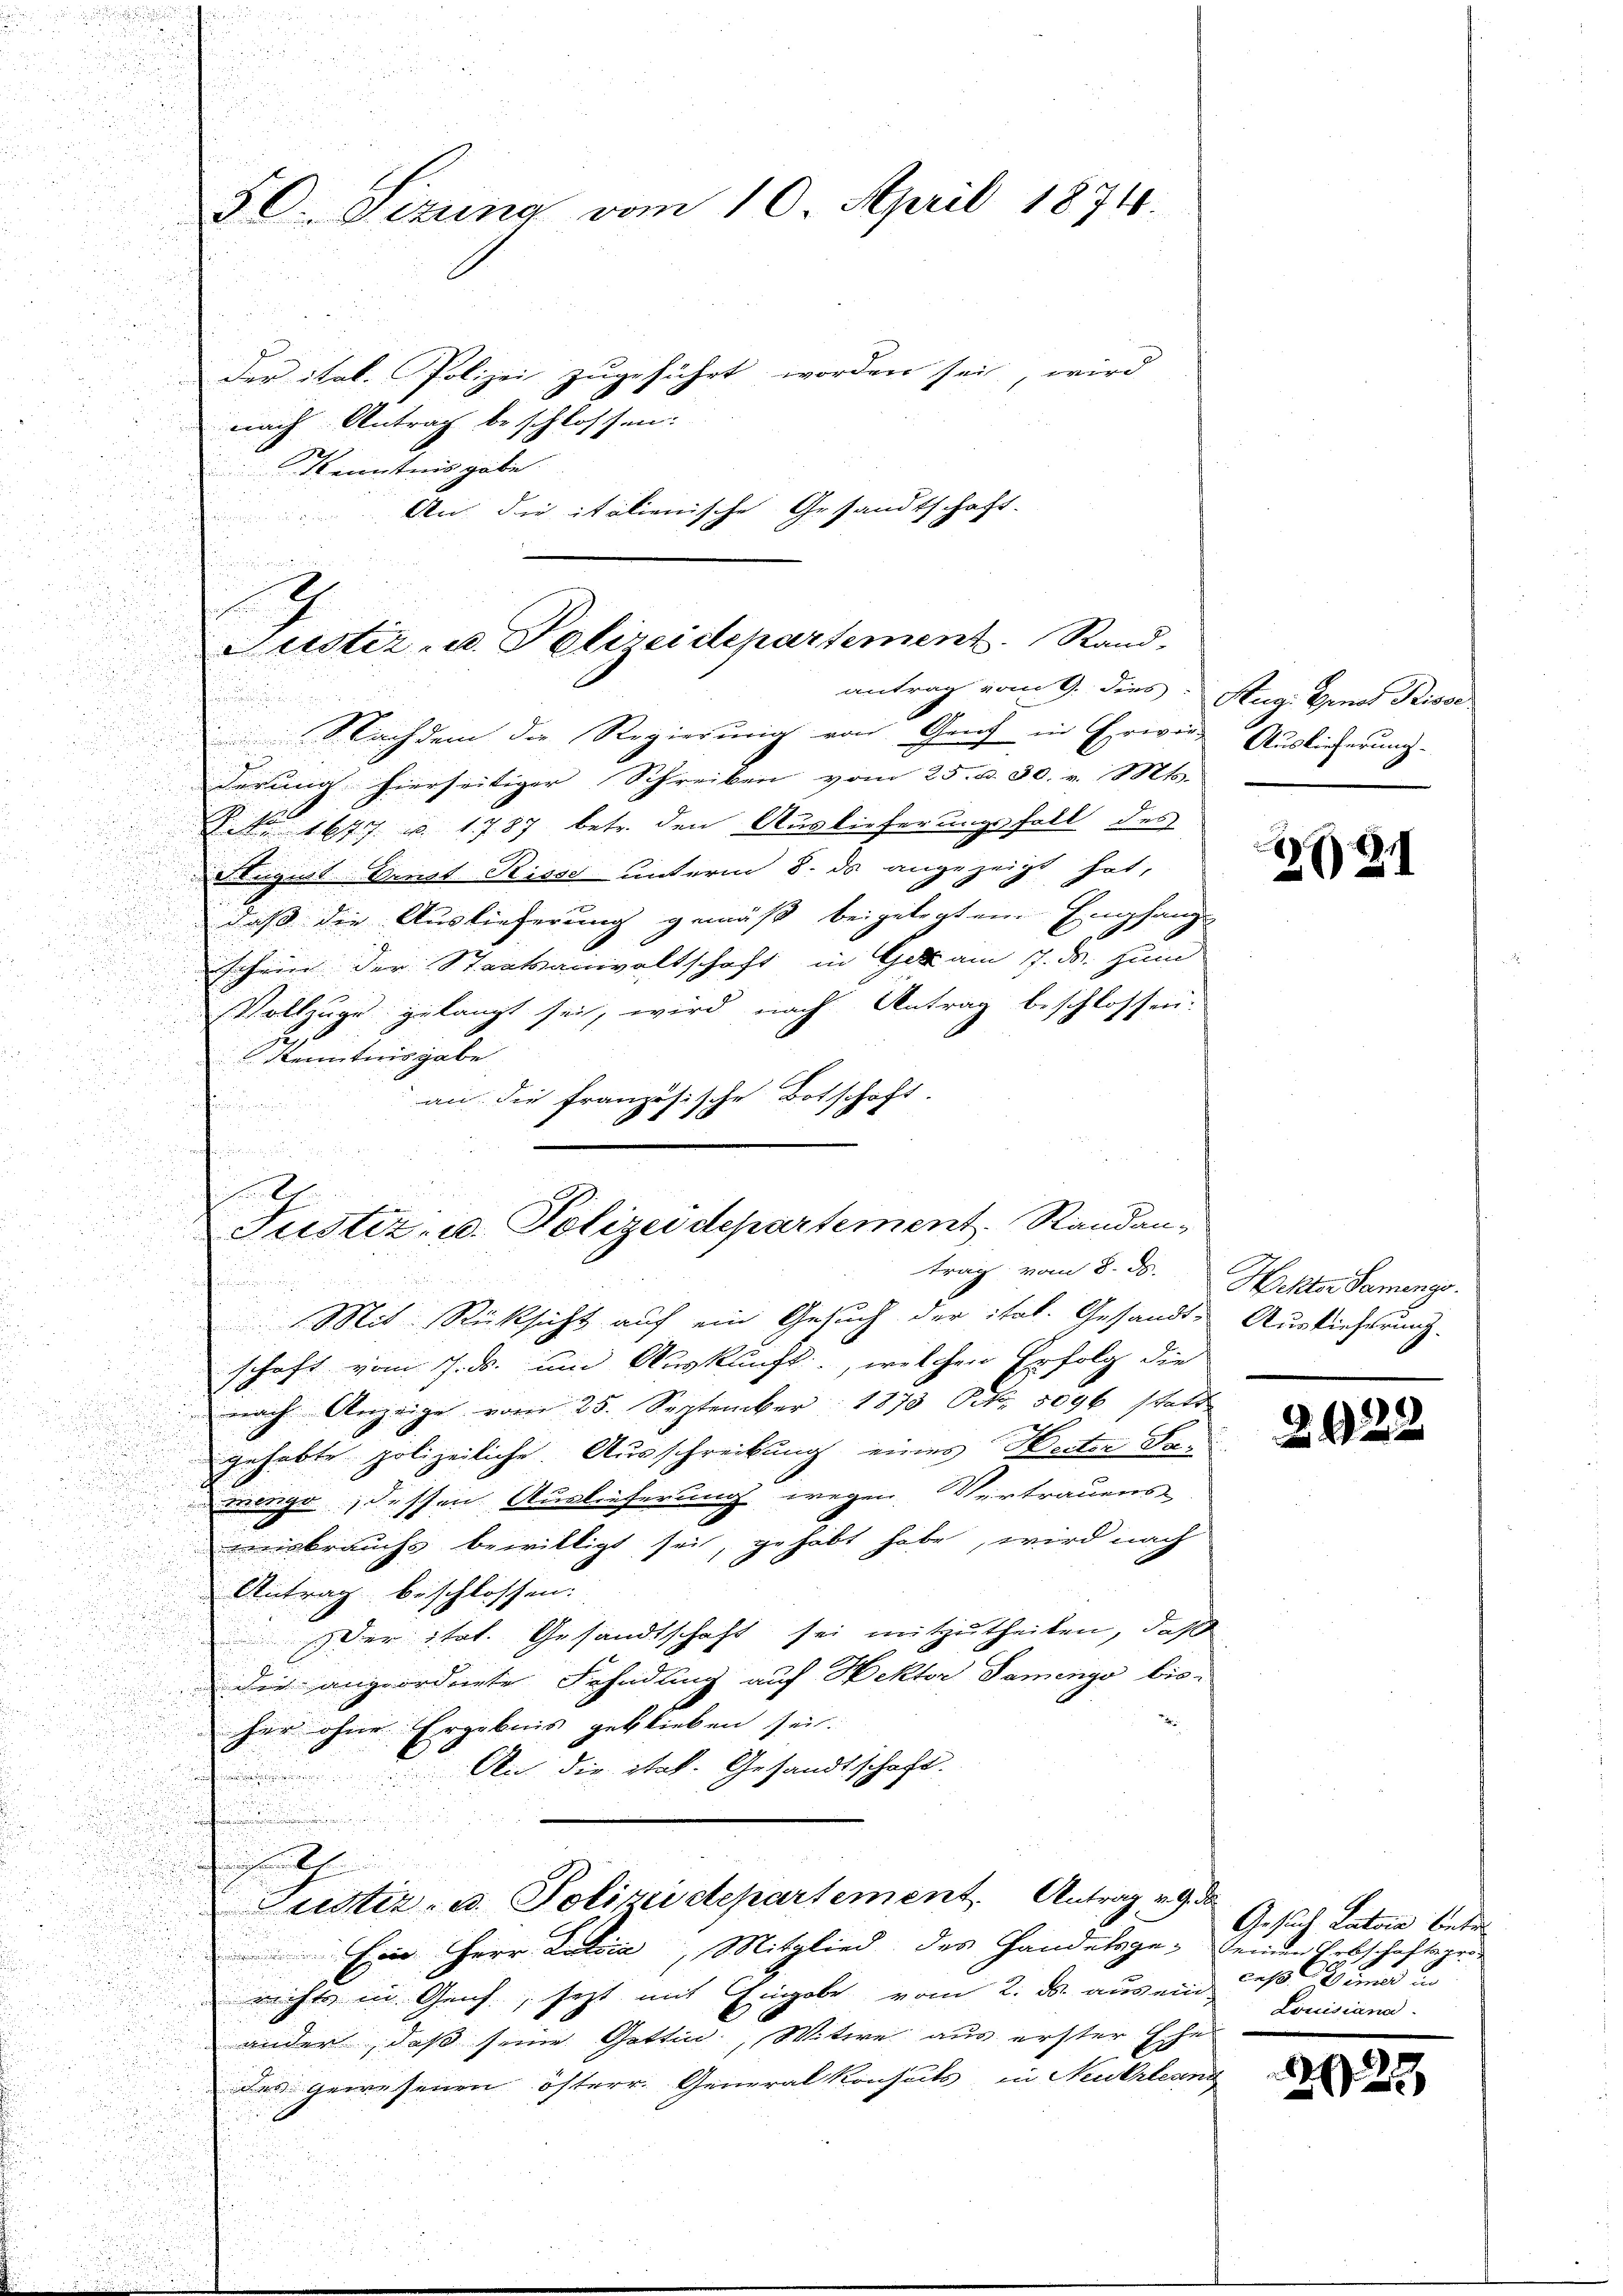
50. Sizung vom 10. April 1874.
Der ital. Polizei zugeführt worden sei, wird
nach Antrag beschlossen:

Kenntnis gabe.
An die italienische Gesandtschaft

Justiz- u. Polizeidepartement Rand,
antrag vom 9. dies. Aug. Genos Priva

.

u
Nachdem die Regierung von Graf in Erwide Auslieferung
.
derung hierseitiger Schreiben vom 25. d. 30. v. Mts.
Dit. 1677 u. 1787 betr. den Auslieferungsfall des
Stugiat Baust Risse unterm 8. ds angezeigt hat,
daß die Auslieferung gemäß beigelegten Empfang-
schein der Staatsanwaltschaft in Gott am 7. ds. zum

i

Vollzuge gelangt sei, wird nach Antrag beschlossen:
u
n
Kenntnisgabe

an die französische Botschaft.
i
himmen un
.

Justiz- u. Polizeidepartement. Randantrag vom 8. ds. Helter Samengo
n

r
Mit Rücksicht auf ein Gesuch der ital. Gesandte Auslichtung
schaft vom 7. ds. um Auskunft, welchen Erfolg die
d
nach Anzeige vom 25. September 1878 Frk. 5096 statt
gehabte polizeiliche Ausschreibung eines Herten Samenge dessen Auslieferung wegen Vertrauens
wirbrauchs bewilligt sei, gehabt habe, wird nach
.

Antrag beschlossen:

Der Stat. Gesandtschaft sei mitzutheilen, daß
.
u
Die angeordnete Fahndung auf Hektor Damenge bis-

n
her ohne Ergebnis geblieben sei.
An die Stat. Gesandtschaft.

d
Justiz- u. Polizeidepartement. Antrag v. 9. da
Ein Herr Latria, Mitglied des Handelsge- einen Erbschaftsprorichte in Genf, sezt mit Eingabe vom 2. ds. aus ein
ander, daß seine Gattin, Witwe aus erster Ehe
u
das gewesenen österr. Generalkonsuls in Neukrleand
.
.

20 21

29

Gesuch Latein betr
ceß und in
Louisiana.

22

22.